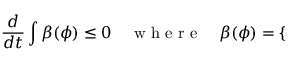
\frac { d } { d t } \int \beta ( \phi ) \leq 0 \quad \mathrm { ~ w ~ h ~ e ~ r ~ e ~ } \quad \beta ( \phi ) = \left\{ \begin{array} { r l r l } \end{array} \right.